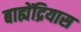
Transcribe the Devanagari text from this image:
बाह्येंद्रियास